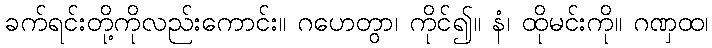
ခက်ရင်းတို့ကိုလည်းကောင်း။ ဂဟေတွာ၊ ကိုင်၍။ နံ၊ ထိုမင်းကို။ ဂဏှထ၊